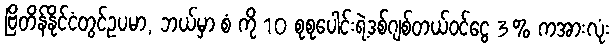
ဗြိတိန်နိုင်ငံတွင်ဥပမာ, ဘယ်မှာ စံ ကို 10 စုစုပေါင်းရဲ့ဒစ်ဂျစ်တယ်ဝင်ငွေ 3% ကအားလုံး